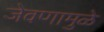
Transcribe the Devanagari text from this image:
जेवणामुळे